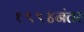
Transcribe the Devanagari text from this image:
१९९४नंतर